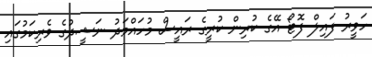
ހަވީރު ފައިިލް ފޮޓޯ އޭގެ ކުރިން ކުރީގެ ރައީސް މުހައްމަދު ނަޝީދުގެ ވެރިކަމުގައި